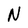
Character: N